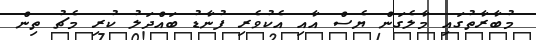
މުބާރާތުގައި މާލެގަން ޔެސް އާއި އެކުވެރި ފުނާޑު ބައްދަލު ކުރި މެޗު ތިން